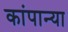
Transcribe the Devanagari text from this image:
कांपान्या